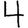
Digit: 4